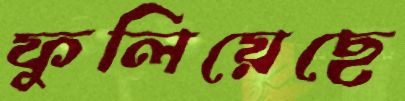
ফুলিয়েছে